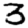
Digit: 3